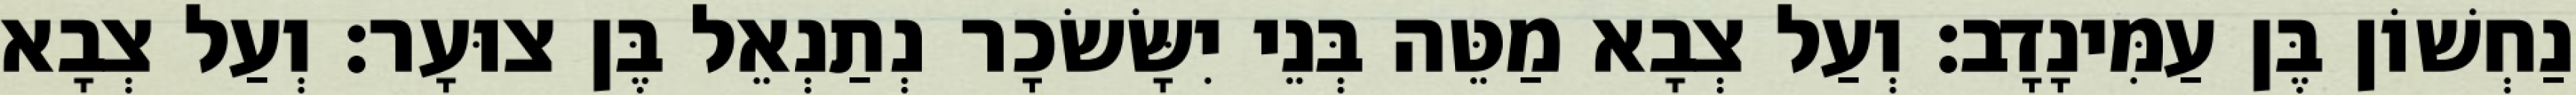
נַחְשׁוֹן בֶּן עַמִּינָדָב׃ וְעַל צְבָא מַטֵּה בְּנֵי יִשָּׂשׂכָר נְתַנְאֵל בֶּן צוּעָר׃ וְעַל צְבָא